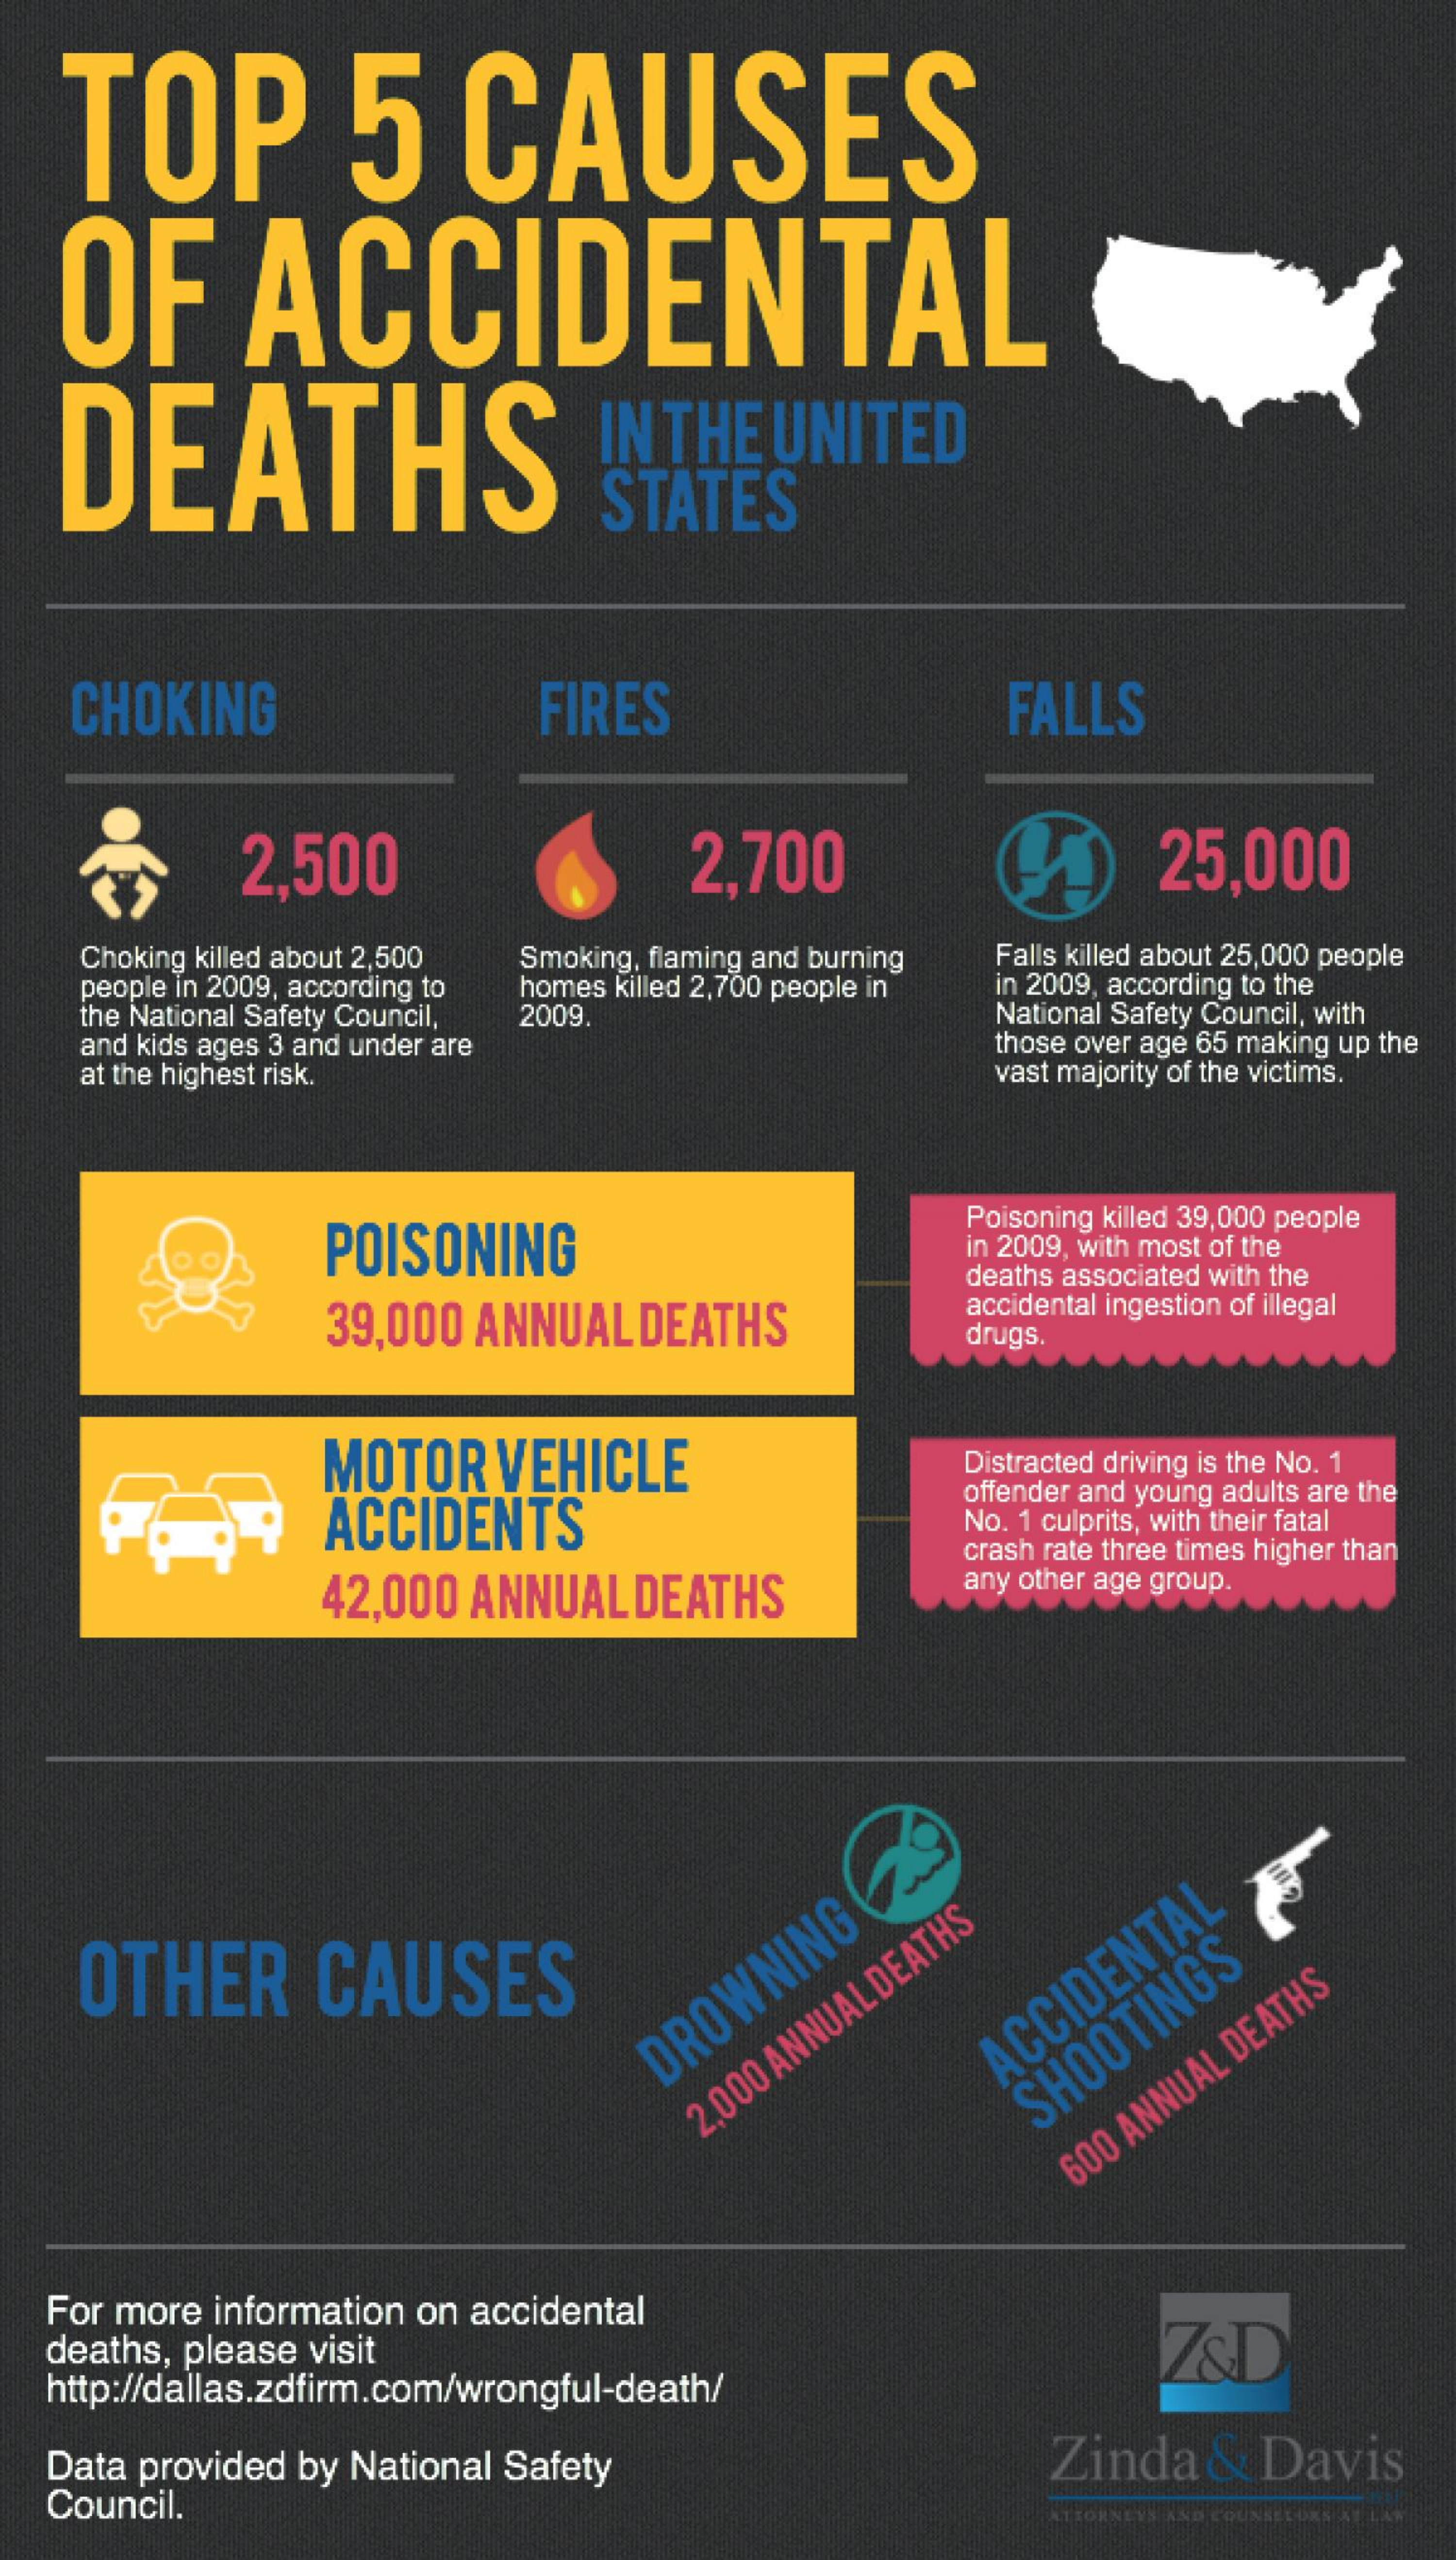
TOP    5   CAUSES
  OF    ACCIDENTAL
  DEATHS    IN THE UNITED
     STATES
   CHOKING    FIRES    FALLS
     2,500    2,700    25,000
   Choking killed about 2,500
   people in 2009, according to
     Smoking, flaming and burning
   the National Safety Council,
     homes killed 2,700 people in
     Falls killed about 25,000 people
     in 2009, according to the
   and kids ages 3 and under are
     2009.    National Safety Council, with
     those over age 65 making up the
   at the highest risk.    vast majority of the victims.
     POISONING
     Poisoning killed 39,000 people
     in 2009, with most of the
     39,000 ANNUAL DEATHS
     deaths associated with the
     accidental ingestion of illegal
     drugs.
     MOTOR VEHICLE    Distracted driving is the No. 1
     ACCIDENTS
     offender and young adults are the
     No. 1 culprits, with their fatal
     crash rate three times higher than
     42,000 ANNUALDEATHS
     any other age group.
   OTHER  CAUSES    DROWNING    ACCIDENTAL
     2,000
     ANNUAL
     DEATHS
     SHOOTINGS
     600
     ANNUAL
     DEATHS
  For more information on accidental
  deaths, please visit    Z&D
  http://dallas.zdfirm.com/wrongful-death/
  Data provided by National Safety Zinda & Davis
  Council.